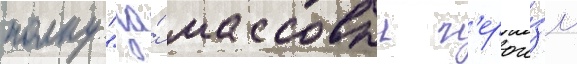
полку "за́ массовыи г'ерои́зм